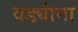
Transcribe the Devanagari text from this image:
वड्यांना